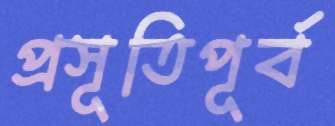
প্রসূতিপূর্ব